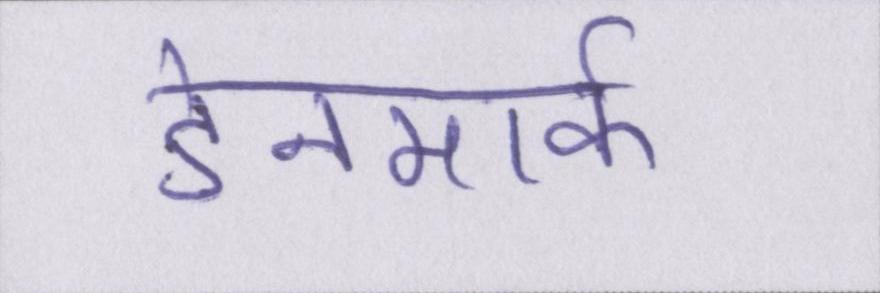
डेनमार्क